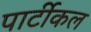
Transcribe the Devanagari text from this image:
पार्टीकल